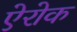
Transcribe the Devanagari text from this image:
ऐरोक